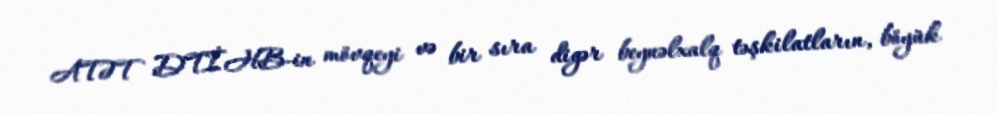
ATƏT DTİHB-in mövqeyi və bir sıra digər beynəlxalq təşkilatların, böyük